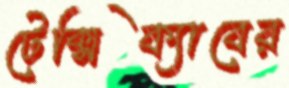
টেক্সিক্যাবের